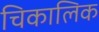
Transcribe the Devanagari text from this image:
चिकालिक